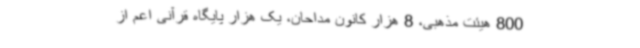
800 هیئت مذهبی، 8 هزار کانون مداحان، یک هزار پایگاه قرآنی اعم از